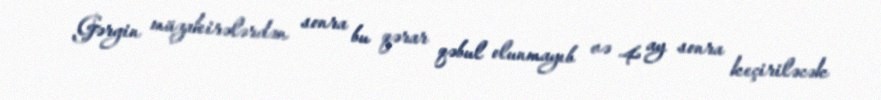
Gərgin müzakirələrdən sonra bu qərar qəbul olunmayıb və 4 ay sonra keçiriləcək